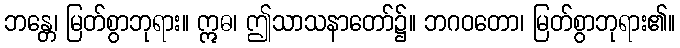
ဘန္တေ၊ မြတ်စွာဘုရား။ ဣဓ၊ ဤသာသနာတော်၌။ ဘဂဝတော၊ မြတ်စွာဘုရား၏။